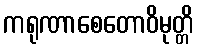
ကရုဏာစေတောဝိမုတ္တိ